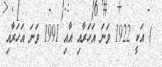
) އަކީ 1922 ވަނަ އަހަރާއި އާއި 1991 ވަނަ އަހަރާއި